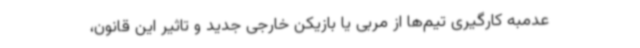
عدمبه کارگیری تیم‌ها از مربی یا بازیکن خارجی جدید و تاثیر این قانون،